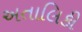
અતાલિકી